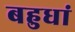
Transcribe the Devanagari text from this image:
बहुधां